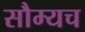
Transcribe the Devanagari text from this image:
सौम्यच